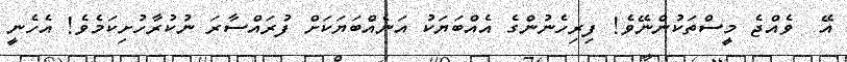
އޭ  ވެއްޖެ މީސްތަކުންނޭވެ! ފިރިހެނުންގެ އެއްބަޔަކު އަނެއްބަޔަކަށް ފުރައްސާރަ ނުކުރާހުށިކަމެވެ! އެހެނީ